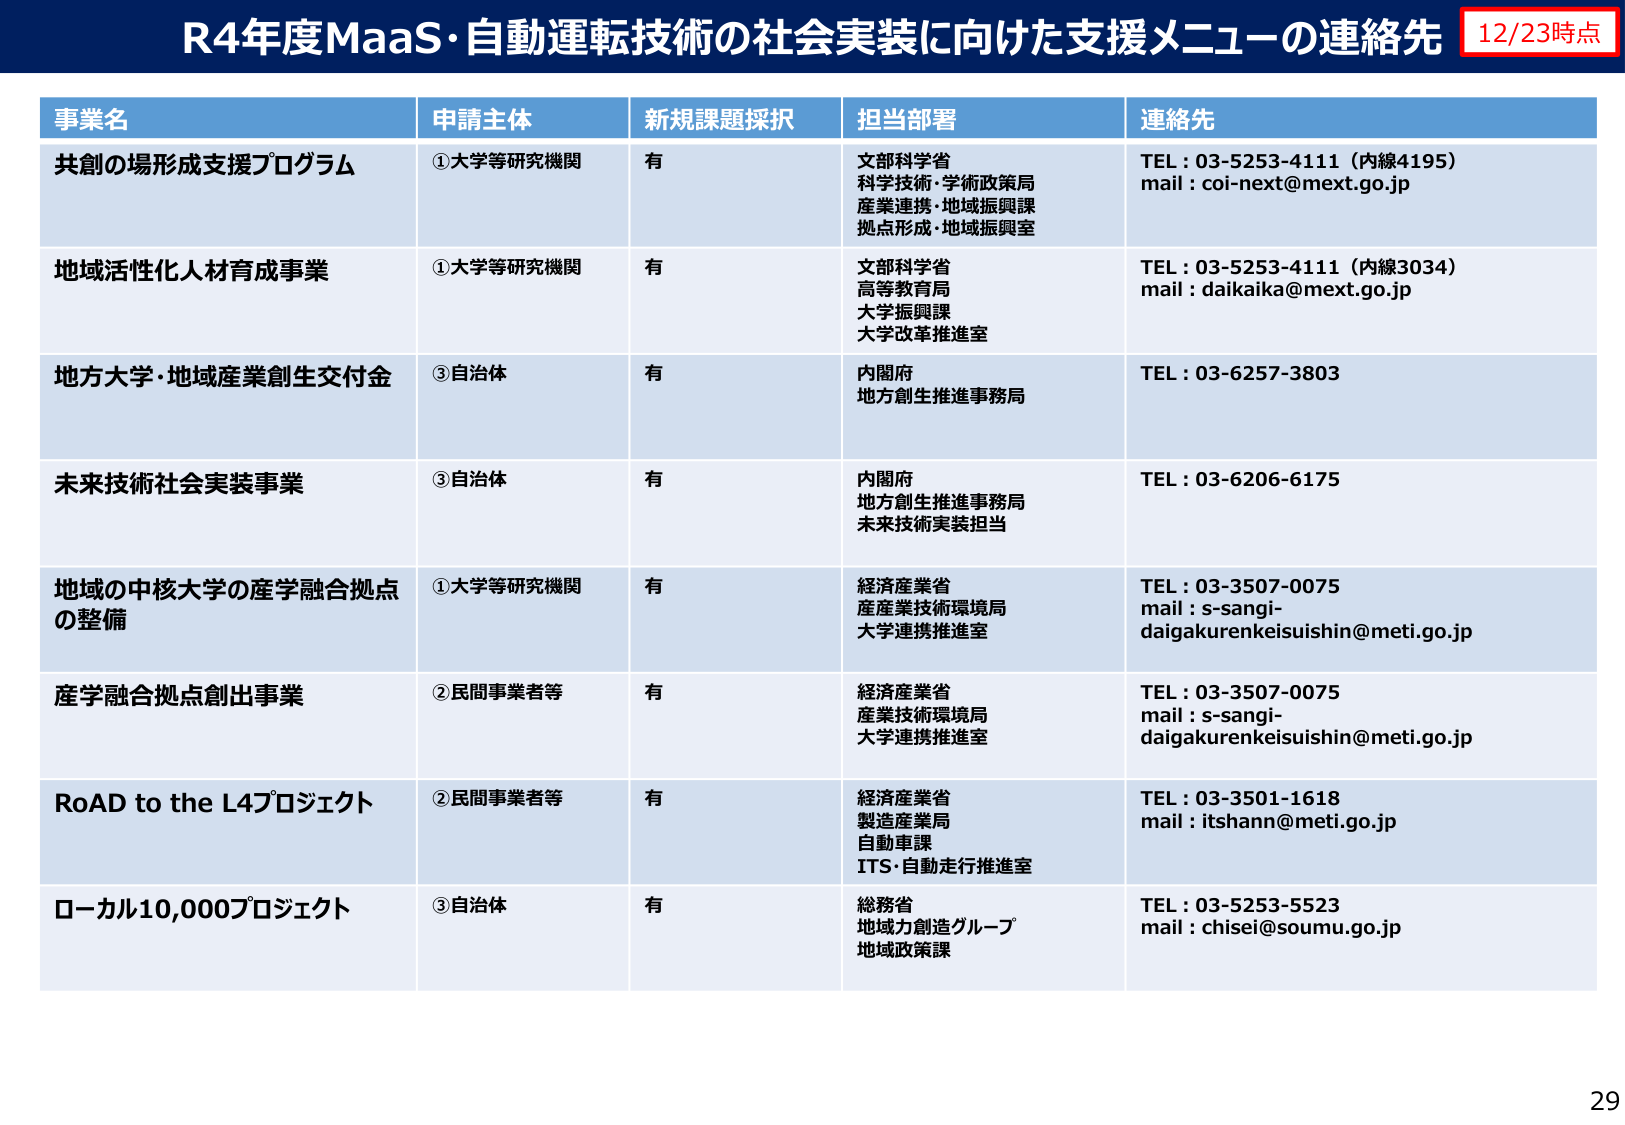
R4年度MaaS・自動運転技術の社会実装に向けた支援メニューの連絡先 12/23時点

事業名 申請主体 新規課題採択 担当部署 連絡先

共創の場形成支援プログラム ①大学等研究機関 有 文部科学省 科学技術・学術政策局 産業連携・地域振興課 拠点形成・地域振興室 TEL：03-5253-4111（内線4195） mail：coi-next@mext.go.jp

地域活性化人材育成事業 ①大学等研究機関 有 文部科学省 高等教育局 大学振興課 大学改革推進室 TEL：03-5253-4111（内線3034） mail：daikaika@mext.go.jp

地方大学・地域産業創生交付金 ③自治体 有 内閣府 地方創生推進事務局 TEL：03-6257-3803

未来技術社会実装事業 ③自治体 有 内閣府 地方創生推進事務局 未来技術実装担当 TEL：03-6206-6175

地域の中核大学の産学融合拠点の整備 ①大学等研究機関 有 経済産業省 産業技術環境局 大学連携推進室 TEL：03-3507-0075 mail：s-sangi-daigakurenkeisuishin@meti.go.jp

産学融合拠点創出事業 ②民間事業者等 有 経済産業省 産業技術環境局 大学連携推進室 TEL：03-3507-0075 mail：s-sangi-daigakurenkeisuishin@meti.go.jp

RoAD to the L4プロジェクト ②民間事業者等 有 経済産業省 製造産業局 自動車課 ITS・自動走行推進室 TEL：03-3501-1618 mail：itshann@meti.go.jp

ローカル10,000プロジェクト ③自治体 有 総務省 地域力創造グループ 地域政策課 TEL：03-5253-5523 mail：chisei@soumu.go.jp

29